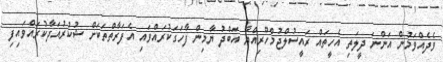
ވެދެއްވަމުން އަންނަ ދީލަތި އެހީތައް ރައީސުލްޖުމްހޫރިއްޔާ އަބްދު ޔާމިން ފާހަގަކުރައްވައި އެފަރާތްތަކަށް ޝުކުރުއަދާކުރައްވައިފި